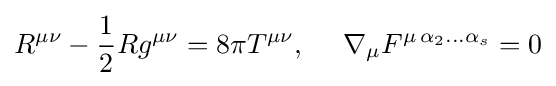
{\begin{aligned}R^{\mu \nu }-{\frac {1}{2}}Rg^{\mu \nu }=8\pi T^{\mu \nu },~~~~\nabla _{\mu }F^{\mu \,\alpha _{2}...\alpha _{s}}=0\end{aligned}}